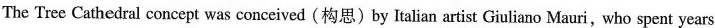
The Tree Cathedral concept was conceived(构思)by Italian artist Giuliano Mauri,who spent years